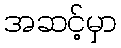
အဆင့်မှာ